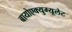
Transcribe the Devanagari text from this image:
बायोएक्युम्यूलेट